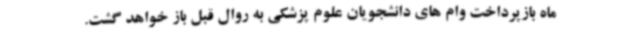
ماه بازپرداخت وام های دانشجویان علوم پزشکی به روال قبل باز خواهد گشت.